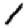
Digit: 1